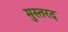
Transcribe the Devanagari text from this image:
मुस्तरद